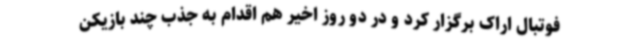
فوتبال اراک برگزار کرد و در دو روز اخیر هم اقدام به جذب چند بازیکن